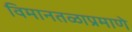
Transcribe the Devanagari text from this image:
विमानतळाप्रमाणे